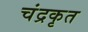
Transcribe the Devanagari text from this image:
चंद्रकृत